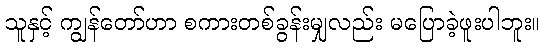
သူနှင့် ကျွန်တော်ဟာ စကားတစ်ခွန်းမျှလည်း မပြောခဲ့ဖူးပါဘူး။